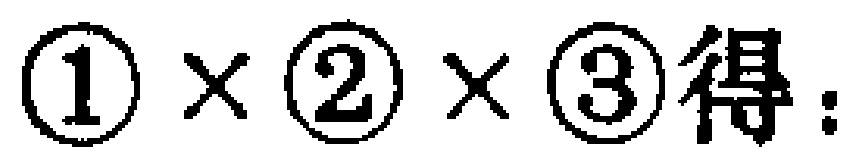
\textcircled{1} \times \textcircled{2} \times \textcircled{3}得：